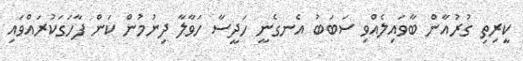
ކީރިތިި ގުރުއާން ބާވައިލެއްވި ސަބަބު އެނގެނީ ހަދީސާ ހަވާލާ ދިނުމުން ކަން ފާހަގަކުރައްވައި